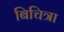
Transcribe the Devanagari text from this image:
बिचित्रा